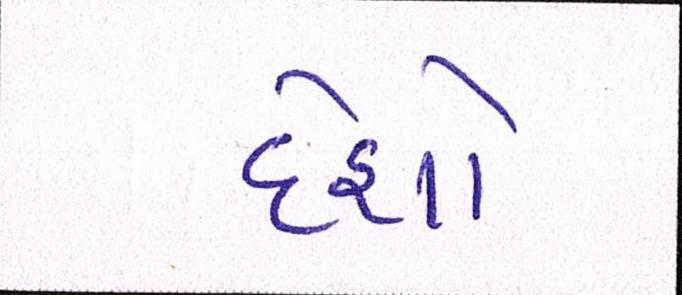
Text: દેશો